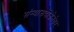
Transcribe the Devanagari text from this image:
संन्यासदीक्षेनंतर